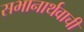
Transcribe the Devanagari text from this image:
सभानार्थवाची